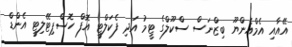
އޭއާއި އެމްއެންޔޫ ބިޒްނަސް ސްކޫލްގެ ޓީމު އަދި ފެކަލްޓީ އޮފް ހޮސްޕިޓޭލިޓީ އެންޑް